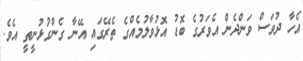
އެހާ ދުވަސް ވަންދެން އެވަރުގެ ބޮޑު އޮޅުވާލުމެއްގެ ތެރޭގައި އޭނާ ގެންގުޅުނީތީ އެވެ.